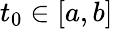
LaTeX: t_{0}\in[a,b]